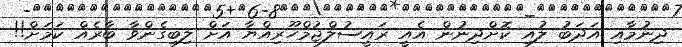
ދިނުމާއި އަދަބު ލުއި ކޮށްދިނުން އެއީ ރައީސުލްޖުމްހޫރިއްޔާ އަށް ލިބިގެންވާ ބާރެއް ކަމަށް!!